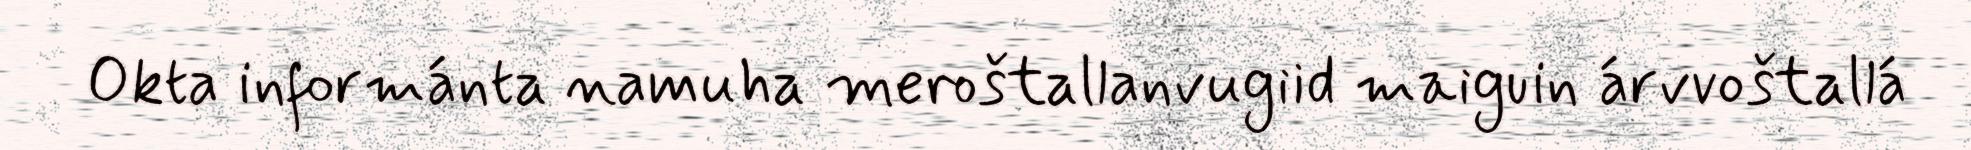
Okta informánta namuha meroštallanvugiid maiguin árvvoštallá